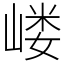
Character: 嵝